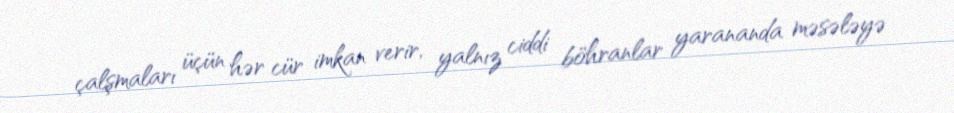
çalşmaları üçün hər cür imkan verir, yalnız ciddi böhranlar yarananda məsələyə